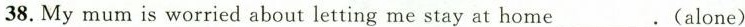
38.My mum is worried about letting mestay at home___(alone)